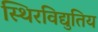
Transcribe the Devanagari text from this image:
स्थिरविद्युतिय